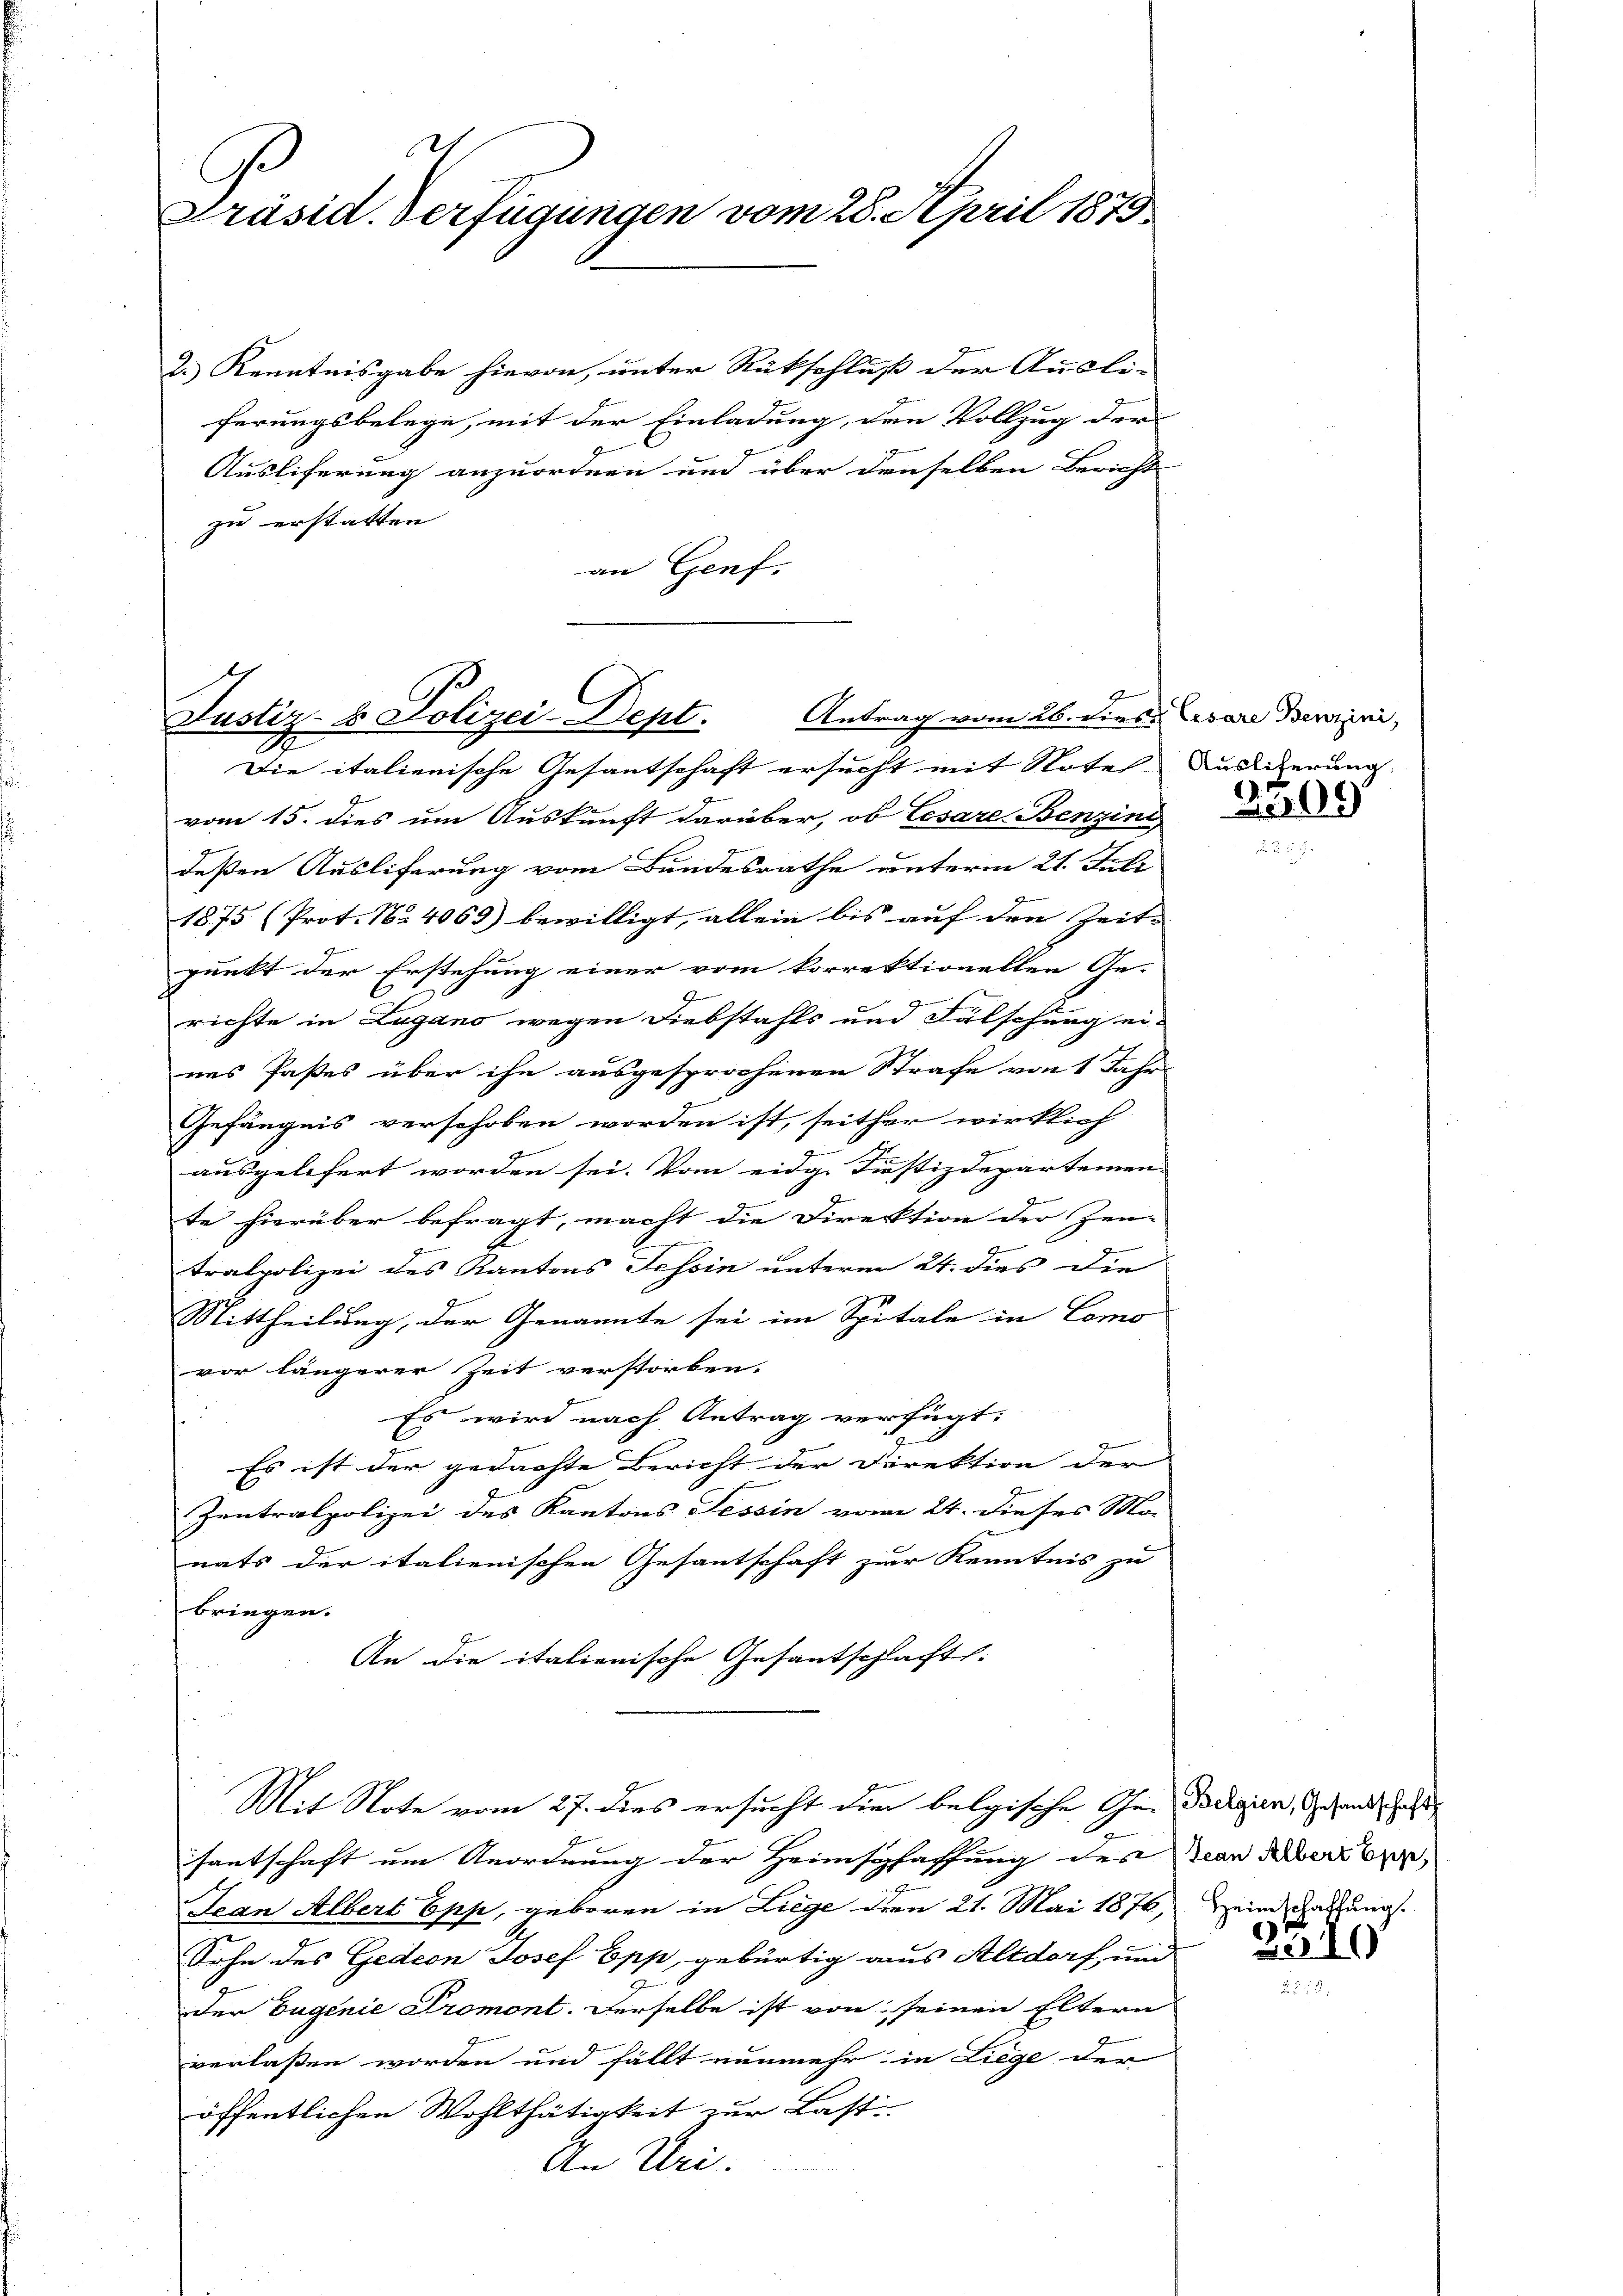
Präsid. Verfügungen vom 28. April 1875.

zu erstatten
an Genf.

Justiz- & Polizei-Dept. Antrag vom 26. dies Cesare Bewirni,
Die italienische Gesantschaft ersucht mit Notel Auslicherung

2.) Kenntnisgabe hievon, unter Rückschluß der Ausli-
ferungsbelege, mit der Einladung, den Vollzug der
Ausliferung anzuordnen und über denselben Bericht

Mit Note vom 27. dies ersucht die belgische Ge- Ddigien, Gesandt, daß

4.

vom 15. dies um Auskunft darüber, ob Cesare Benzins
deßen Ausliferung vom Bundesrathe unterm 21. Juli
1875 (Prot. No. 4065) bewilligt, allein bis auf den Zeit- |
punkt der Erstehung einer vom korrektionellen Ge-
richte in Lugano wegen Diebstahls und Fälschung er-
nes Paßes über ihn ausgesprochenen Strafe von 1 Jahr
Gefängnis verschoben worden ist, seither wirklich
ausgelefert worden sei. Vom eidg. Justizdepartemen
te hierüber befragt, macht die Direktion der Zeu- |
e
tralpolizei des Kantons Tessin unterm 24. dies die
Mittheilung, der Genannte sei im Spitale in Como
vor längerer Zeit verstorben.
Es wird nach Antrag verfügt:
Es ist der gedachte Bericht der Direktion der
Zentralpolizei des Kantons Tessin vom 24. dieses Mo-
nats der italienischen Gesantschaft zur Kenntnis zu
bringen.
An die italienische Gesantschaft.

santschaft um Anordnung der Heimschaffung des an aber
Jean Albert Epp, geboren in Liege den 21. Mai 1876, Heim Satzung.
Sohn des Gedeon Josef Epp, gebürtig aus Altdorf, und
der Eugenie Promont. Derselbe ist von seinen Eltern
verlaßen worden und fällt nunmehr in Liege der
öffentlichen Wohlthätigkeit zur Last
An Uri.

3309

2310